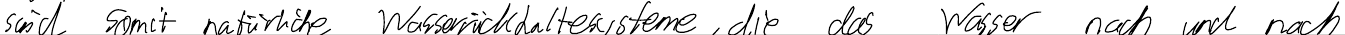
sind somit natürliche Wasserrückhaltesysteme, die das Wasser nach und nach